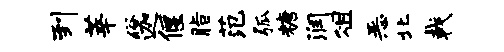
到莘俗迦偃脂范弧糖润俎恶北戟